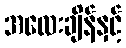
အလေးချိန်နှင့်